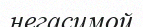
негасимой